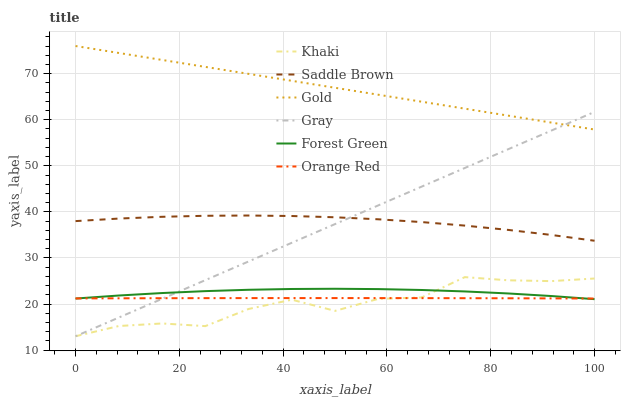
| xaxis_label | Khaki | Saddle Brown | Gold | Gray | Forest Green | Orange Red |
 | --- | --- | --- | --- | --- | --- | --- |
 | 0 | 13 | 38 | 76 | 13 | 21.2 | 21.2 |
 | 8.33 | 15.2 | 38.5 | 74.5 | 17.1 | 21.8 | 21.2 |
 | 16.7 | 15.8 | 38.9 | 73 | 21.1 | 22.4 | 21.3 |
 | 25 | 15.2 | 39.2 | 71.5 | 25.2 | 22.8 | 21.3 |
 | 33.3 | 18.9 | 39.2 | 70 | 29.2 | 23.1 | 21.3 |
 | 41.7 | 20.9 | 39.1 | 68.4 | 33.3 | 23.3 | 21.3 |
 | 50 | 18.5 | 38.8 | 66.9 | 37.3 | 23.3 | 21.3 |
 | 58.3 | 21.1 | 38.4 | 65.4 | 41.4 | 23.2 | 21.3 |
 | 66.7 | 21.4 | 37.8 | 63.9 | 45.5 | 23 | 21.3 |
 | 75 | 25.8 | 37 | 62.4 | 49.5 | 22.7 | 21.3 |
 | 83.3 | 25.1 | 36.1 | 60.9 | 53.6 | 22.3 | 21.2 |
 | 91.7 | 25 | 35 | 59.4 | 57.6 | 21.7 | 21.2 |
 | 100 | 25.5 | 33.7 | 57.9 | 61.7 | 21.1 | 21.2 |